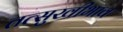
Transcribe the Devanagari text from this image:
तत्सुखीभाव